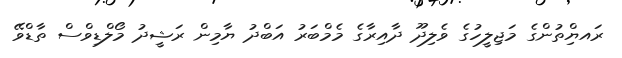
ރައޔްިތުންގެ މަޖިލީހުގެ ވެލިދޫ ދާއިރާގެ މެމްބަރު އަބްދު ޔާމިން ރަޝީދު މޯލްޑިވްސް ތާޑްވޭ